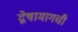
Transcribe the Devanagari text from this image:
द्वेषामागची